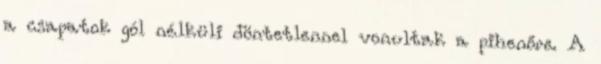
a csapatok gól nélküli döntetlennel vonultak a pihenőre. A